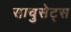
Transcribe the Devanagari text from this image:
साचुसेट्स